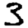
Digit: 3